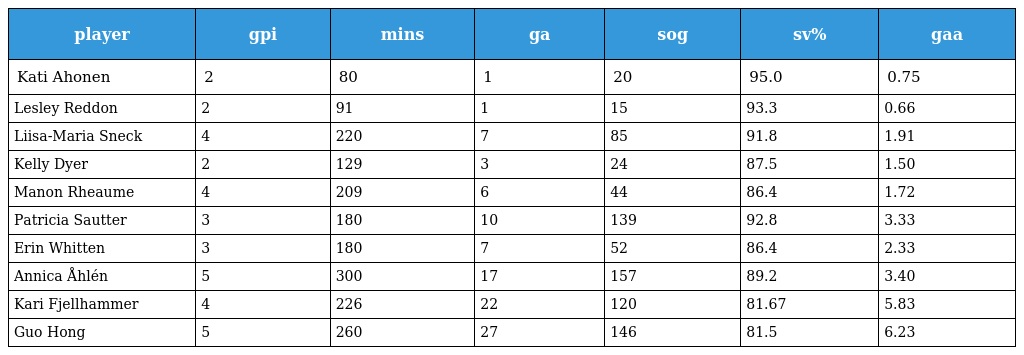
| player | gpi | mins | ga | sog | sv% | gaa |
 | --- | --- | --- | --- | --- | --- | --- |
 | Kati Ahonen | 2 | 80 | 1 | 20 | 95.0 | 0.75 |
 | Lesley Reddon | 2 | 91 | 1 | 15 | 93.3 | 0.66 |
 | Liisa-Maria Sneck | 4 | 220 | 7 | 85 | 91.8 | 1.91 |
 | Kelly Dyer | 2 | 129 | 3 | 24 | 87.5 | 1.50 |
 | Manon Rheaume | 4 | 209 | 6 | 44 | 86.4 | 1.72 |
 | Patricia Sautter | 3 | 180 | 10 | 139 | 92.8 | 3.33 |
 | Erin Whitten | 3 | 180 | 7 | 52 | 86.4 | 2.33 |
 | Annica Åhlén | 5 | 300 | 17 | 157 | 89.2 | 3.40 |
 | Kari Fjellhammer | 4 | 226 | 22 | 120 | 81.67 | 5.83 |
 | Guo Hong | 5 | 260 | 27 | 146 | 81.5 | 6.23 |